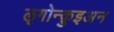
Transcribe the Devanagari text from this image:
ऌगोन्क़ुइअन